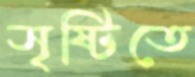
সৃষ্টিতে